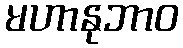
မဟာနုဘာဝ